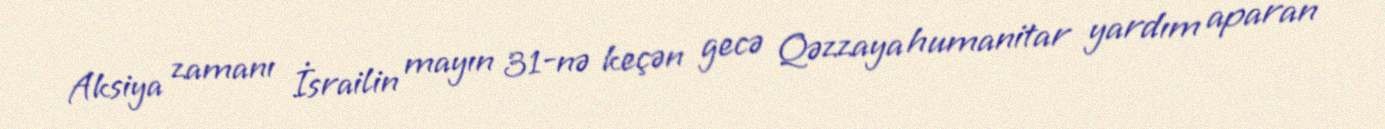
Aksiya zamanı İsrailin mayın 31-nə keçən gecə Qəzzaya humanitar yardım aparan